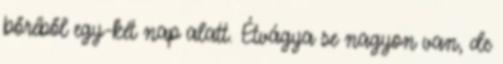
bőréből egy-két nap alatt. Étvágya se nagyon van, de